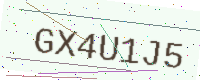
Text: GX4U1J5